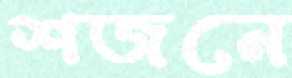
শজনে